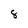
Character: 8